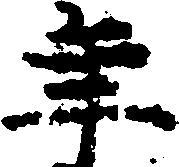
年